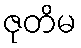
ဇုတိမ